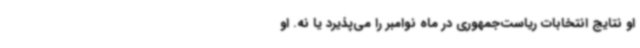
او نتایج انتخابات ریاست‌جمهوری در ماه نوامبر را می‌پذیرد یا نه. او